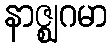
နာဇ္ဈဂမာ